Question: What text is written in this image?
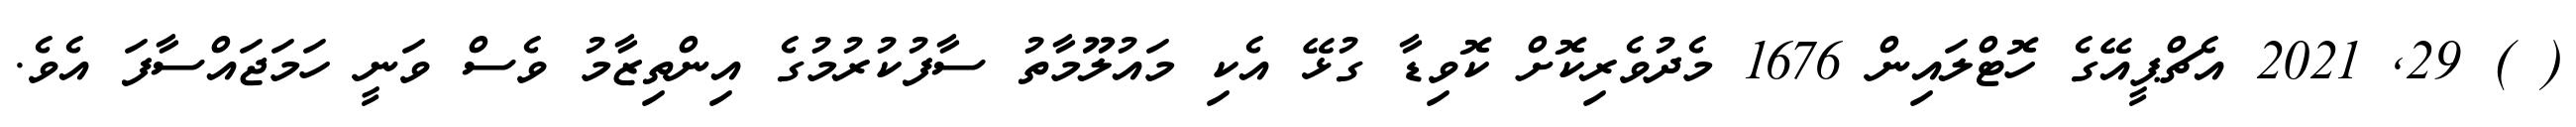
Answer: ( ) 29, 2021 އެޗްޕީއޭގެ ހޮޓްލައިން 1676 މެދުވެރިކޮށް ކޮވިޑާ ގުޅޭ އެކި މައުލޫމާތު ސާފުކުރުމުގެ އިންތިޒާމު ވެސް ވަނީ ހަމަޖައްސާފަ އެވެ.